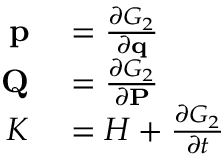
\begin{array} { r l } { \mathbf { p } } & { { } = { \frac { \partial G _ { 2 } } { \partial \mathbf { q } } } } \\ { \mathbf { Q } } & { { } = { \frac { \partial G _ { 2 } } { \partial \mathbf { P } } } } \\ { K } & { { } = H + { \frac { \partial G _ { 2 } } { \partial t } } } \end{array}